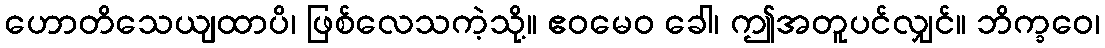
ဟောတိသေယျထာပိ၊ ဖြစ်လေသကဲ့သို့။ ဧဝမေဝ ခေါ၊ ဤအတူပင်လျှင်။ ဘိက္ခဝေ၊